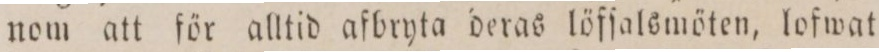
nom att för alltid afbryta deras löfſalsmöten, lofwat